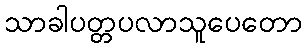
သာခါပတ္တပလာသူပေတော